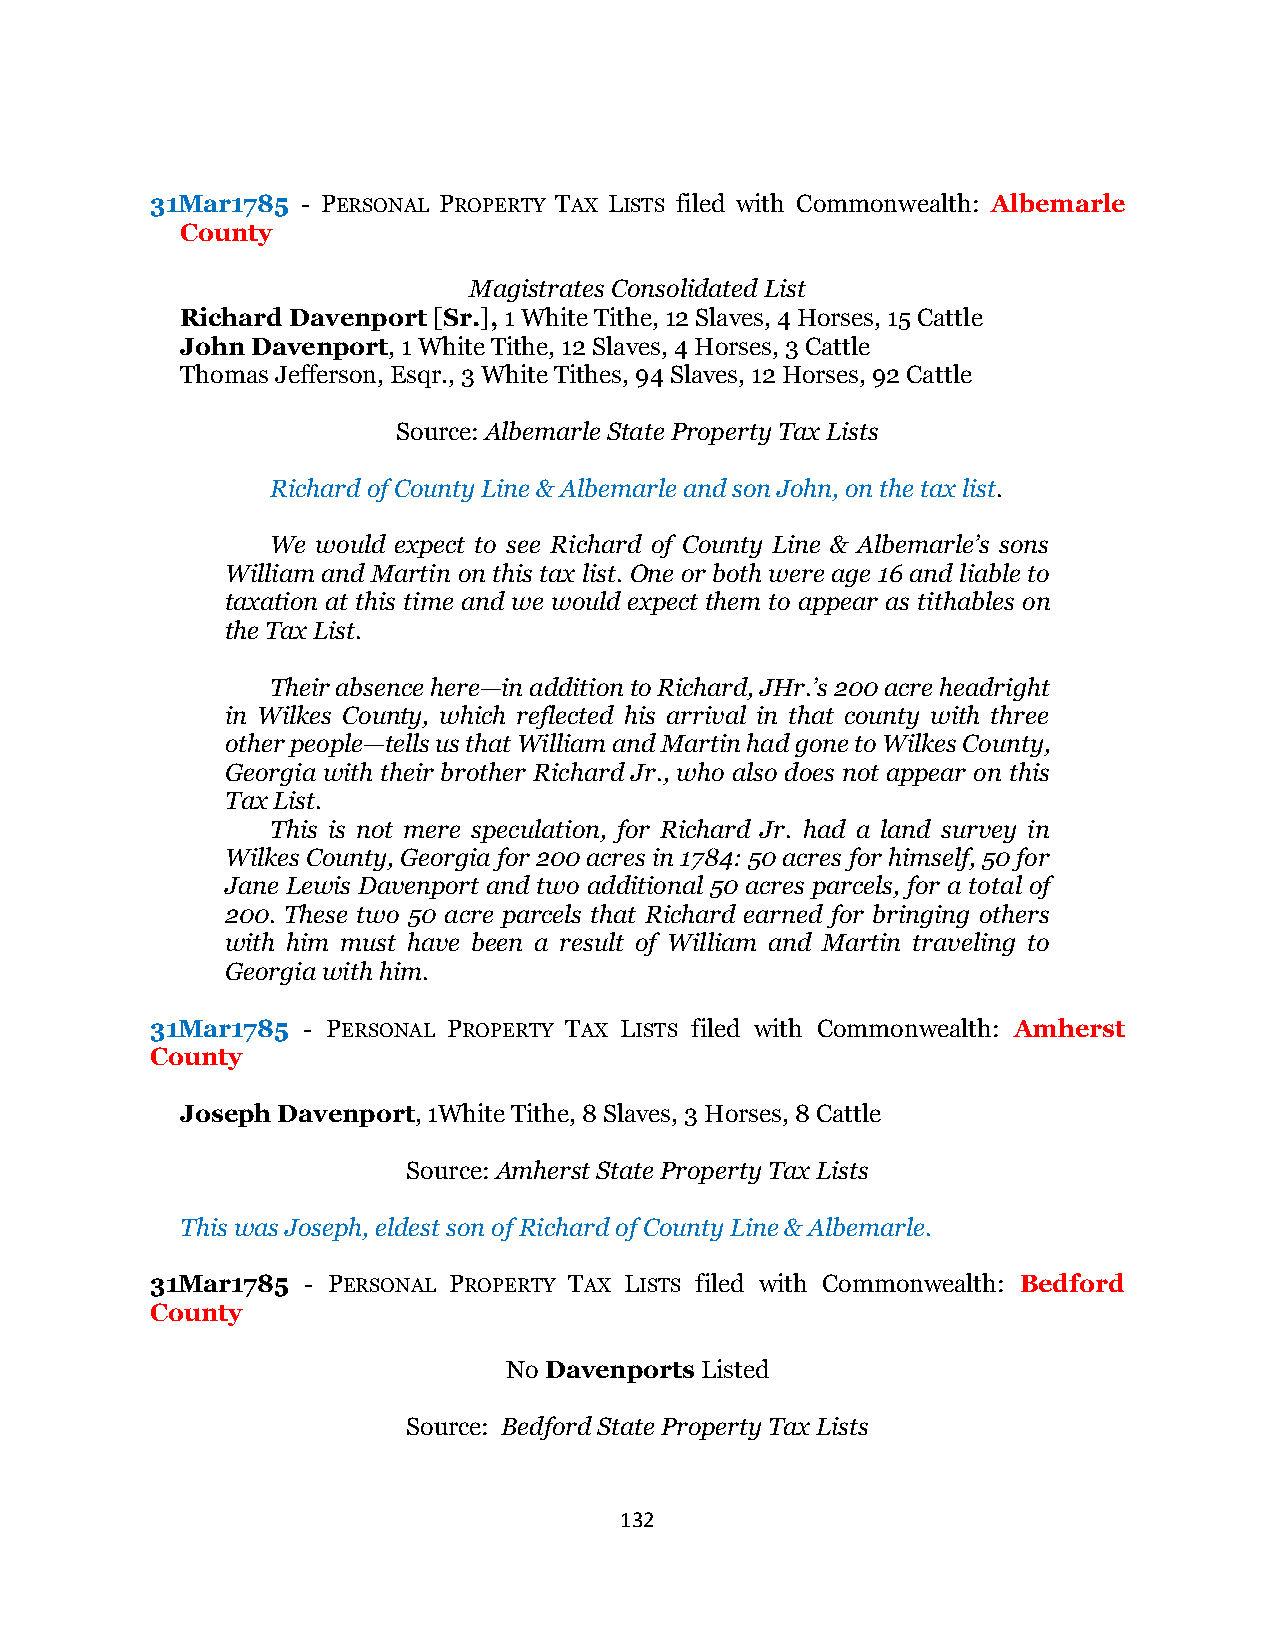
31Mar1785 - PERSONAL PROPERTY TAX LISTS filed with Commonwealth: Albemarle
 County
 Magistrates Consolidated List
 Richard Davenport [Sr.], 1 White Tithe, 12 Slaves, 4 Horses, 15 Cattle
 John Davenport, 1 White Tithe, 12 Slaves, 4 Horses, 3 Cattle
 Thomas Jefferson, Esqr., 3 White Tithes, 94 Slaves, 12 Horses, 92 Cattle
 Source: Albemarle State Property Tax Lists
 Richard of County Line & Albemarle and son John, on the tax list.
 We would expect to see Richard of County Line & Albemarle’s sons
 William and Martin on this tax list. One or both were age 16 and liable to
 taxation at this time and we would expect them to appear as tithables on
 the Tax List.
 Their absence here—in addition to Richard, JHr.’s 200 acre headright
 in Wilkes County, which reflected his arrival in that county with three
 other people—tells us that William and Martin had gone to Wilkes County,
 Georgia with their brother Richard Jr., who also does not appear on this
 Tax List.
 This is not mere speculation, for Richard Jr. had a land survey in
 Wilkes County, Georgia for 200 acres in 1784: 50 acres for himself, 50 for
 Jane Lewis Davenport and two additional 50 acres parcels, for a total of
 200. These two 50 acre parcels that Richard earned for bringing others
 with him must have been a result of William and Martin traveling to
 Georgia with him.
 31Mar1785 - PERSONAL PROPERTY TAX LISTS filed with Commonwealth: Amherst
 County
 Joseph Davenport, 1White Tithe, 8 Slaves, 3 Horses, 8 Cattle
 Source: Amherst State Property Tax Lists
 This was Joseph, eldest son of Richard of County Line & Albemarle.
 31Mar1785 - PERSONAL PROPERTY TAX LISTS filed with Commonwealth: Bedford
 County
 No Davenports Listed
 Source: Bedford State Property Tax Lists
 132